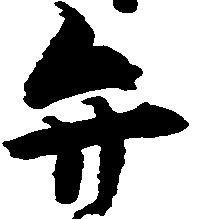
弁